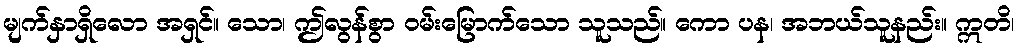
မျက်နှာရှိလော အရှင်။ သော၊ ဤလွန်စွာ ဝမ်းမြောက်သော သူသည်။ ကော ပန၊ အဘယ်သူနည်း။ ဣတိ၊